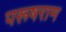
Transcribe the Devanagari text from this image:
परूषराम